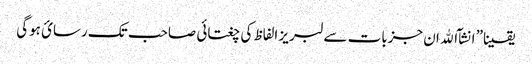
یقینا” انشآ الله ان جزبات سے لبریز الفاظ کی چغتائی صاحب تک رسائ ہوگی